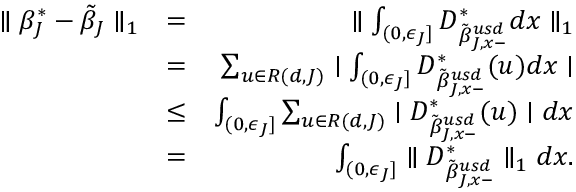
\begin{array} { r l r } { \parallel \beta _ { J } ^ { * } - \tilde { \beta } _ { J } \parallel _ { 1 } } & { = } & { \parallel \int _ { ( 0 , \epsilon _ { J } ] } D _ { \tilde { \beta } _ { J , x - } ^ { u s d } } ^ { * } d x \parallel _ { 1 } } \\ & { = } & { \sum _ { u \in { \cal R } ( d , J ) } \mid \int _ { ( 0 , \epsilon _ { J } ] } D _ { \tilde { \beta } _ { J , x - } ^ { u s d } } ^ { * } ( u ) d x \mid } \\ & { \leq } & { \int _ { ( 0 , \epsilon _ { J } ] } \sum _ { u \in { \cal R } ( d , J ) } \mid D _ { \tilde { \beta } _ { J , x - } ^ { u s d } } ^ { * } ( u ) \mid d x } \\ & { = } & { \int _ { ( 0 , \epsilon _ { J } ] } \parallel D _ { \tilde { \beta } _ { J , x - } ^ { u s d } } ^ { * } \parallel _ { 1 } d x . } \end{array}